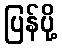
ပြန်ပို့